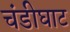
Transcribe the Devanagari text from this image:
चंडीघाट